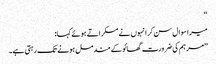
‘‘
میرا سوال سن کر انہوں نے مسکراتے ہوئے کہا:
’’مرہم کی ضرورت گھائو کے مندمل ہونے تک رہتی ہے۔